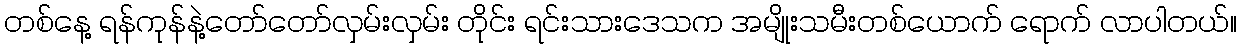
တစ်နေ့ ရန်ကုန်နဲ့တော်တော်လှမ်းလှမ်း တိုင်း ရင်းသားဒေသက အမျိုးသမီးတစ်ယောက် ရောက် လာပါတယ်။